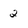
Character: 2